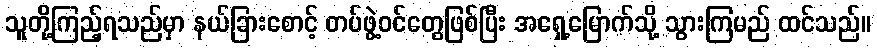
သူတို့ကြည့်ရသည်မှာ နယ်ခြားစောင့် တပ်ဖွဲ့ဝင်တွေဖြစ်ပြီး အရှေ့မြောက်သို့ သွားကြမည် ထင်သည်။